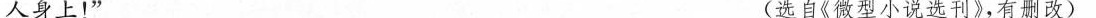
人身上！” (选自微型小说选刊}，有则改 )